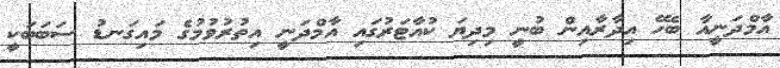
އާމްދަނީއާ ބެހޭ އިދާރާއިން ބުނީ މިދިޔަ ކުއާޓަރުގައި އާމްދަނީ އިތުރުވުމުގެ މައިގަނޑު ސަބަބަކީ